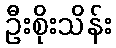
ဦးစိုးသိန်း